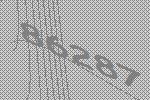
86287